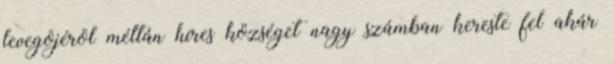
levegõjérõl méltán híres községet nagy számban kereste fel akár